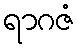
ရာဂဇံ